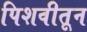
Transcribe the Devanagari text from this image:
पिशवीतून